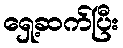
ရှေ့ဆက်ပြီး